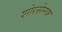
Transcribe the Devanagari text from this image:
शोरसेनक